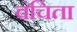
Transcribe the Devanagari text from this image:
वंचिता